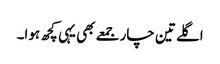
اگلے تین چار جمعے بھی یہی کچھ ہوا۔